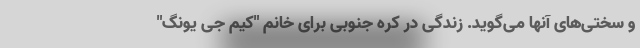
و سختی‌های آنها می‌گوید. زندگی در کره جنوبی برای خانم "کیم جی یونگ"